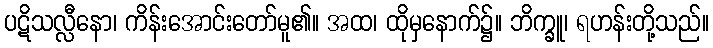
ပဋိသလ္လီနော၊ ကိန်းအောင်းတော်မူ၏။ အထ၊ ထိုမှနောက်၌။ ဘိက္ခူ၊ ရဟန်းတို့သည်။